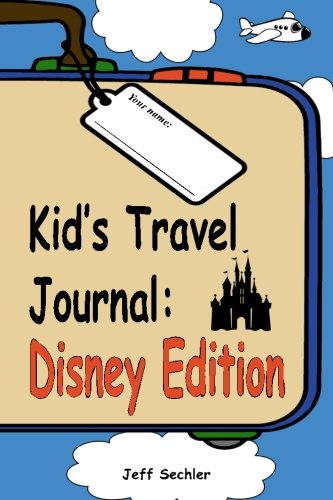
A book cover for Kid's Travel Journal - Disney Edition; Jeff Sechler; Travel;